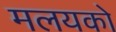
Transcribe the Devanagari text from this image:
मलयको